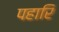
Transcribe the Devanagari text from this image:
पहारि